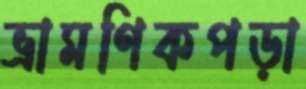
ভ্রামণিকপড়া